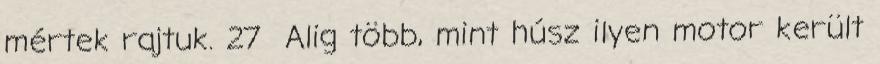
mértek rajtuk. 27 Alig több, mint húsz ilyen motor került